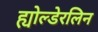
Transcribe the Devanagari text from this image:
ह्योल्डेरलिन